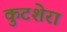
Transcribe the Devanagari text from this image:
कुटशेरा